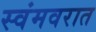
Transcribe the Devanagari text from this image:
स्वंमवरात